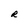
Character: R